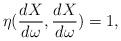
LaTeX: \begin{align*}\eta(\frac{dX}{d\omega}, \frac{dX}{d\omega}) = 1,\end{align*}